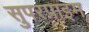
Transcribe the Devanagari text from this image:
सुपरप्राइम